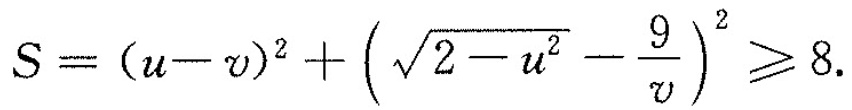
$$S=(u- v )^{2}+( \sqrt{2-u^{2}}- \frac{9}{v})^{2} \geqslant 8$$.